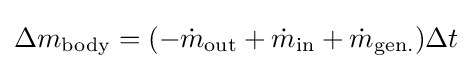
\Delta m_{\text{body}}=(-{\dot {m}}_{\text{out}}+{\dot {m}}_{\text{in}}+{\dot {m}}_{\text{gen.}})\Delta t